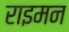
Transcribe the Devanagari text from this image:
राइमन